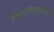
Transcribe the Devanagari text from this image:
वेंकटनरसिंहराजुवारिपेटा